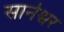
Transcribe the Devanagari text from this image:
सार्नेश्वर